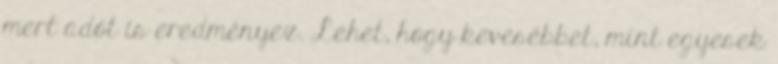
mert adót is eredményez. Lehet, hogy kevesebbet, mint egyesek